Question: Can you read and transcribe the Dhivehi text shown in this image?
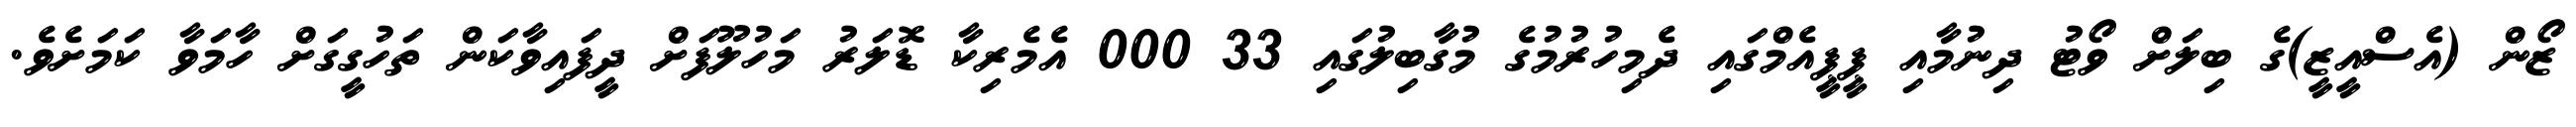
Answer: ޒޯން (އެސްއީޒީ)ގެ ބިލަށް ވޯޓު ދިނުމާއި ޕީޕީއެމްގައި ދެމިހުރުމުގެ މުގާބިލުގައި 33 000 އެމެރިކާ ޑޮލަރު މަހުލޫފަށް ދީފައިވާކަން ތަހުގީގަށް ހާމަވާ ކަމަށެވެ.